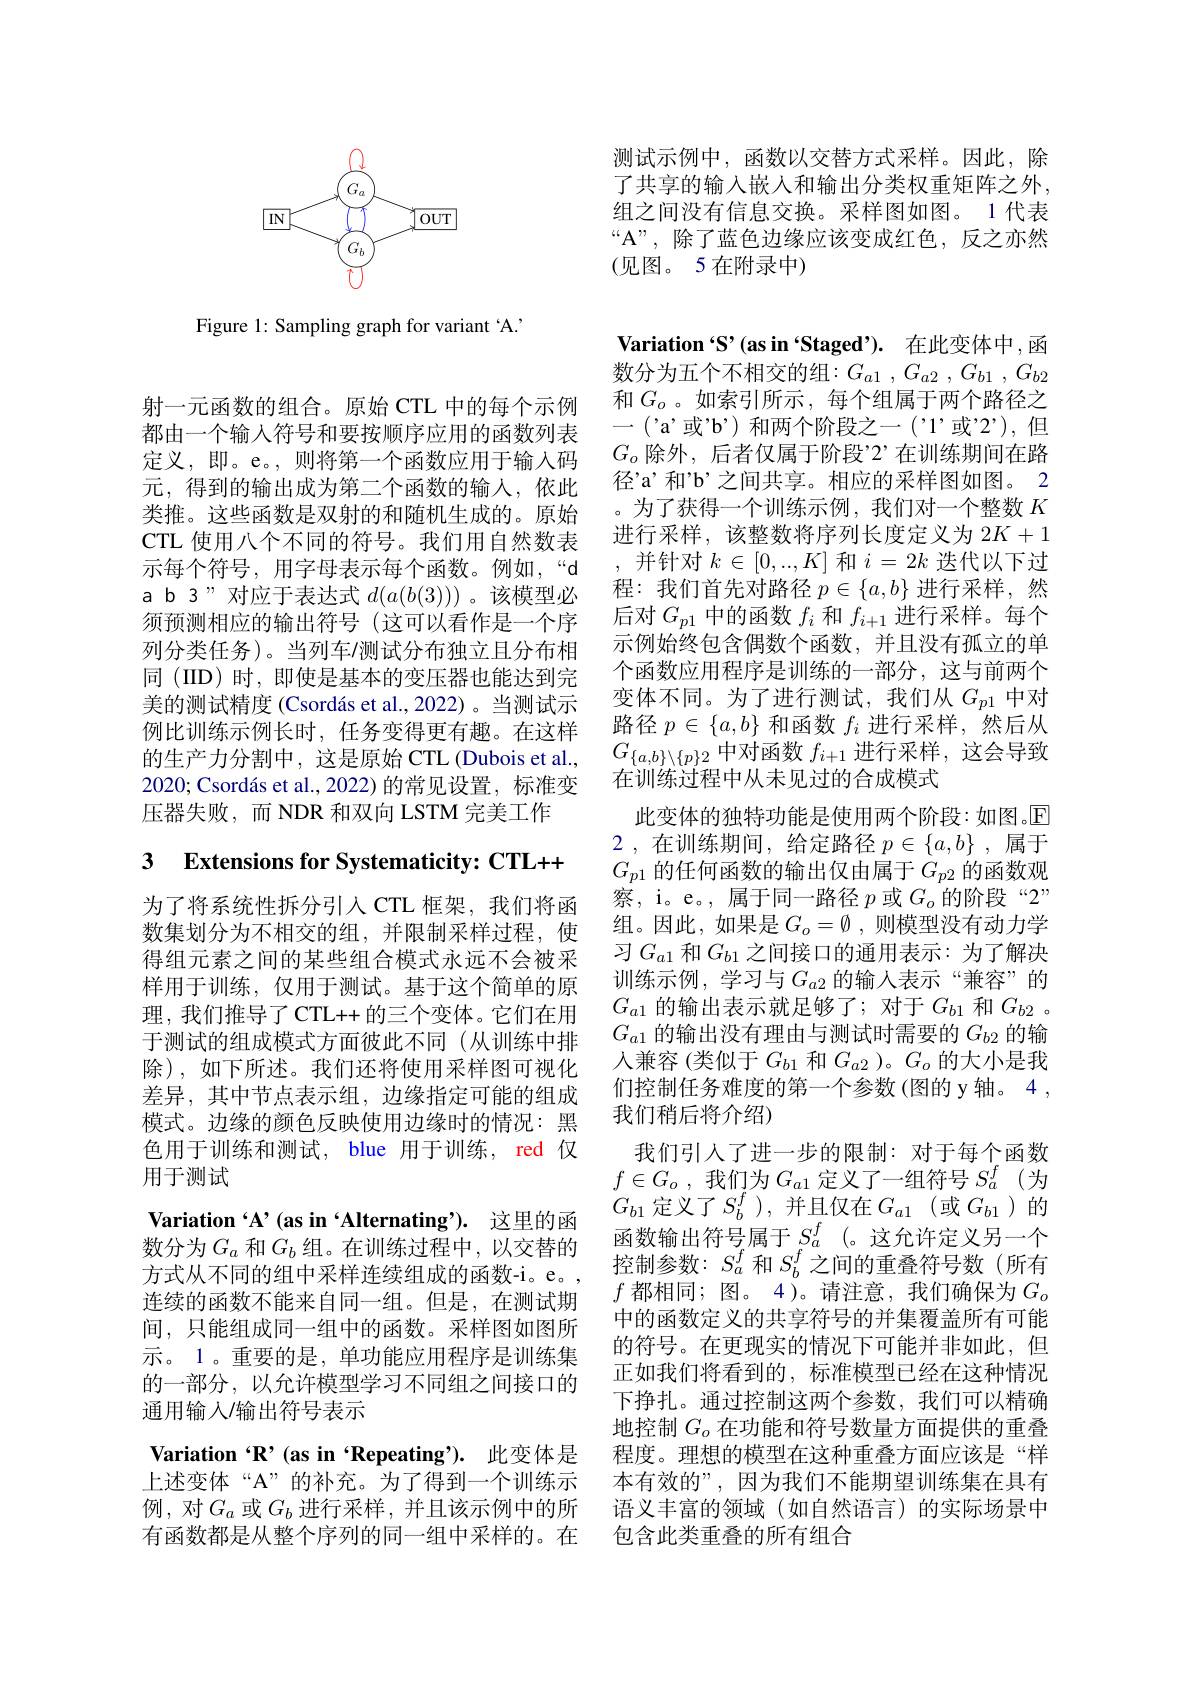
<FigureHere>

Figure 1: Sampling graph for variant 4.

射一元函数的组合。原始 CTL 中的每个示例都由一个输入符号和要按顺序应用的函数列表定义，即。e。,则将第一个函数应用于输入码元，得到的输出成为第二个函数的输入，依此类推。这些函数是双射的和随机生成的。原始CTL 使用八个不同的符号。我们用自然数表示每个符号，用字母表示每个函数。例如，“d a b 3”对应于表达式$d(a(b(3)))$ 。该模型必须预测相应的输出符号(这可以看作是一个序列分类任务)。当列车/测试分布独立且分布相同 (IID) 时，即使是基本的变压器也能达到完美的测试精度 (Csordás et al.,2022)。当测试示例比训练示例长时，任务变得更有趣。在这样的生产力分割中，这是原始 CTL (Dubois et al., 2020;Csordás et al.,2022)的常见设置，标准变压器失败，而 NDR 和双向 LSTM 完美工作

# 3 $\textbf{Extensions for Systematicity: CTL+ + }$

为了将系统性拆分引入 CTL 框架，我们将函数集划分为不相交的组，并限制采样过程，使得组元素之间的某些组合模式永远不会被采样用于训练，仅用于测试。基于这个简单的原理，我们推导了CTL++的三个变体。它们在用于测试的组成模式方面彼此不同(从训练中排除),如下所述。我们还将使用采样图可视化差异，其中节点表示组，边缘指定可能的组成模式。边缘的颜色反映使用边缘时的情况：黑色用于训练和测试，blue 用于训练，red 仅用于测试
Variation ‘A’(as in‘Alternating’). 这里的函数分为$G_a$ 和$G_b$组。在训练过程中，以交替的方式从不同的组中采样连续组成的函数-i。e。, 连续的函数不能来自同一组。但是，在测试期间，只能组成同一组中的函数。采样图如图所示。1。重要的是，单功能应用程序是训练集的一部分，以允许模型学习不同组之间接口的通用输入/输出符号表示

测试示例中，函数以交替方式采样。因此，除了共享的输入嵌人和输出分类权重矩阵之外， 组之间没有信息交换。采样图如图。1 代表“A”,除了蓝色边缘应该变成红色，反之亦然(见图。5在附录中)

Variation“S’(as in“Staged’). 在此变体中，函数分为五个不相交的组$: G_a1$ , $G_{a2}$ , $G_{b1}$ , $G_{b2}$ 和$G_o$。如索引所示，每个组属于两个路径之-('a'或'b')和两个阶段之一('1'或'2'),但$G_o$除外，后者仅属于阶段”2”在训练期间在路径'a'和”b'之间共享。相应的采样图如图。2 。为了获得一个训练示例，我们对一个整数$K$ 进行采样，该整数将序列长度定义为$2K+1$ ,并针对$k\in[0,...,K]$和$i=2k$迭代以下过程：我们首先对路径$p\in\{a,b\}$进行采样，然后对$G_p1$中的函数$f_i$和$f_i+1$进行采样。每个示例始终包含偶数个函数，并且没有孤立的单个函数应用程序是训练的一部分，这与前两个变体不同。为了进行测试，我们从$G_{p1}$中对路径$p\in\{a,b\}$和函数$f_i$进行采样，然后从$G_{\{a,b\}\setminus\{p\}2}$中对函数$f_i+1$进行采样，这会导致在训练过程中从未见过的合成模式
此变体的独特功能是使用两个阶段：如图。$\overline{\mathbb{E}}$ 2,在训练期间，给定路径$p\in\{a,b\}$ ,属于$G_{p1}$的任何函数的输出仅由属于$G_p2$的函数观察，i。e。, 属于同一路径$p$或$G_o$的 阶 段 “ 2” 组。因此，如果是$G_o=\emptyset$,则模型没有动力学习$G_{a1}$ 和$G_{b1}$ 之间接口的通用表示：为了解决训练示例，学习与$G_{a2}$的输入表示“兼容”的$G_{a1}$的输出表示就足够了；对于$G_b1$和$G_{b2}$ 。$G_{a1}$的输出没有理由与测试时需要的$G_b2$的输入兼容(类似于$G_b1$和$G_{a2}$ )。$G_o$的大小是我们控制任务难度的第一个参数(图的 y 轴。4 , 我们稍后将介绍)
我们引人了进一步的限制：对于每个函数$f\in G_o$ ,我们为$G_a1$定义了一组符号$S_a^f$(为$\begin{array}{l}{{J\subset\mathcal{U}_{o}~,~\mathfrak{I}_{a1}~\mathcal{I}_{a1}~\mathcal{E}_{A}~\cup~\mathcal{D}_{a}~(~\mathcal{N}_{b1}~\mathcal{G}_{a}~(~)~\mathcal{G}_{b1}~\text{定义了}~S_{b}^{f}~),~\text{并且仅在}~G_{a1}~(~\text{或}~G_{b1}~)~\text{的}}\end{array}}\\{{G_{b1}~\text{定义了}~S_{b}^{f}~),~\text{并且仅在}~G_{a1}~(~\text{或}~G_{b1}~)~\text{的}}}\\{{G_{b1}~\text{定义了}~\mathcal{S}_{b}~^{f}~),~\text{并且仅在}~G_$ 函数输出符号属于$S_a^f$(。这允许定义另一个控制参数：$S_a^f$和$S_b^f$之间的重叠符号数(所有$f$ 都相同；图。4)。请注意，我们确保为$G_o$ 中的函数定义的共享符号的并集覆盖所有可能的符号。在更现实的情况下可能并非如此，但正如我们将看到的，标准模型已经在这种情况下挣扎。通过控制这两个参数，我们可以精确地控制$G_o$在功能和符号数量方面提供的重叠
Variation $\cdot\mathbf{R}’($as in ‘Repeating’). 此变体是 程度。理想的模型在这种重叠方面应该是“样上述变体“A”的补充。为了得到一个训练示 本有效的”,因为我们不能期望训练集在具有例，对$G_a$ 或$G_b$ 进行采样，并且该示例中的所 语义丰富的领域(如自然语言)的实际场景中有函数都是从整个序列的同一组中采样的。在 包含此类重叠的所有组合